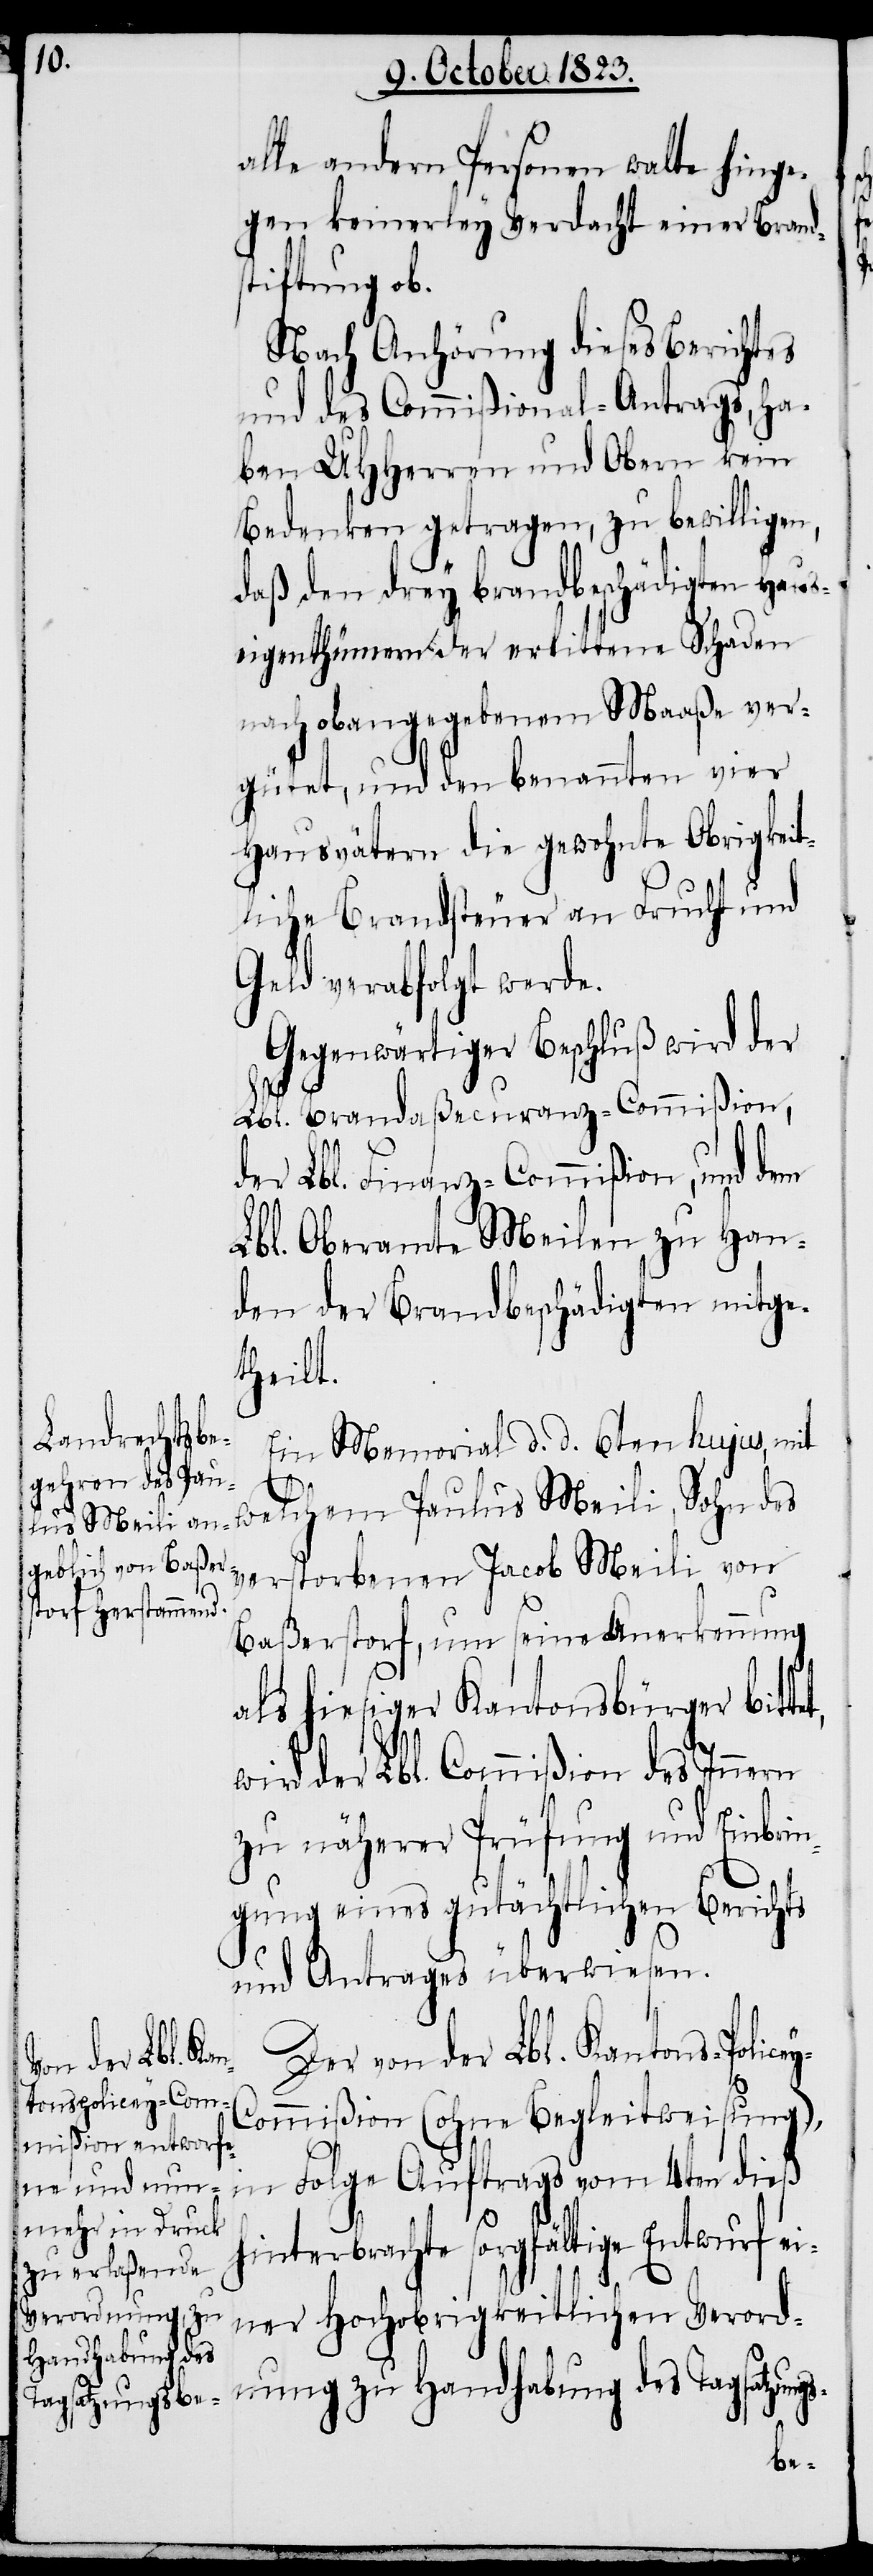
alle andern Personen walte hinge¬
gen keinerley Verdacht einer Brands¬
tiftung ob.
Nach Anhörung dieses Berichtes
und des Commißional-Antrags, ha¬
ben UHHerren und Obern kein
Bedenken getragen, zu bewilligen,
daß den drey brandbeschädigten Haus¬
eigenthümern der erlittene Schaden
nach obangegebenem Maaße ver¬
gütet, und den benannten vier
Hausvätern die gewohnte Obrigkeit¬
liche Brandsteuer an Frucht und
Geld verabfolgt werde.
Gegenwärtiger Beschluß wird der
Lbl. Brandaßecuranz-Commißion,
der Lbl. Finanz-Commißion, und dem
Lbl. Oberamte Meilen zu Han¬
den der Brandbeschädigten mitge¬
theilt.
Ein Memorial d. d. 6ten hujus, mit
welchem Paulus Meili, Sohn des
verstorbenen Jacob Meili von
s-
Baßerstorf, um seine Anerkennung
als hiesiger Kantonsbürger bit¬
wird der Lbl. Commißion des Innern
zu näherer Prüfung und Einbri¬
ngung eines gutächtlichen Berichts
und Antrages überwiesen.
Der von der Lbl. Kantons-Polic¬
ommißion (ohne Begleitweisung),
Folge Auftrags vom 4ten dieß
interbrachte sorgfältige Entwurf e¬
iner Hochobrigkeitlichen Verord¬
nung zu Handhabung des Tagsatzung¬